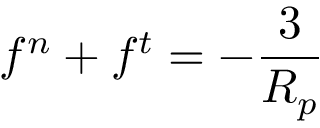
f ^ { n } + f ^ { t } = - \frac { 3 } { R _ { p } }